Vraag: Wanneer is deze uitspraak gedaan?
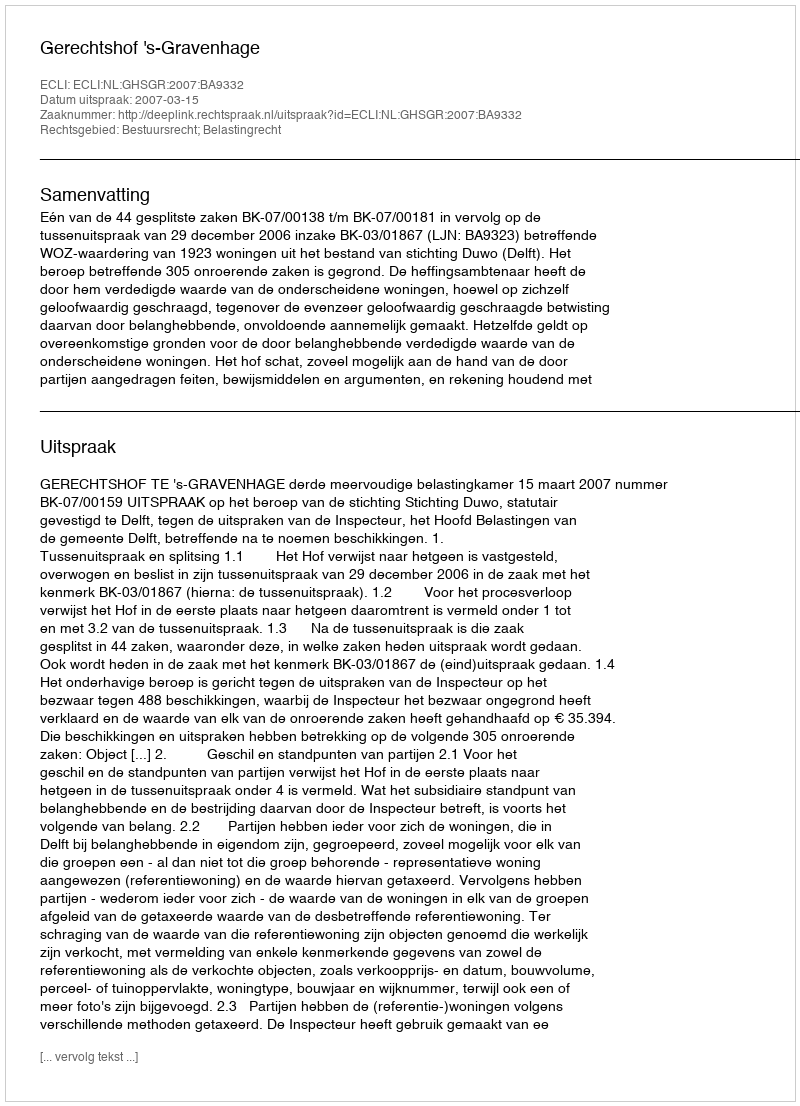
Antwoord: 2007-03-15